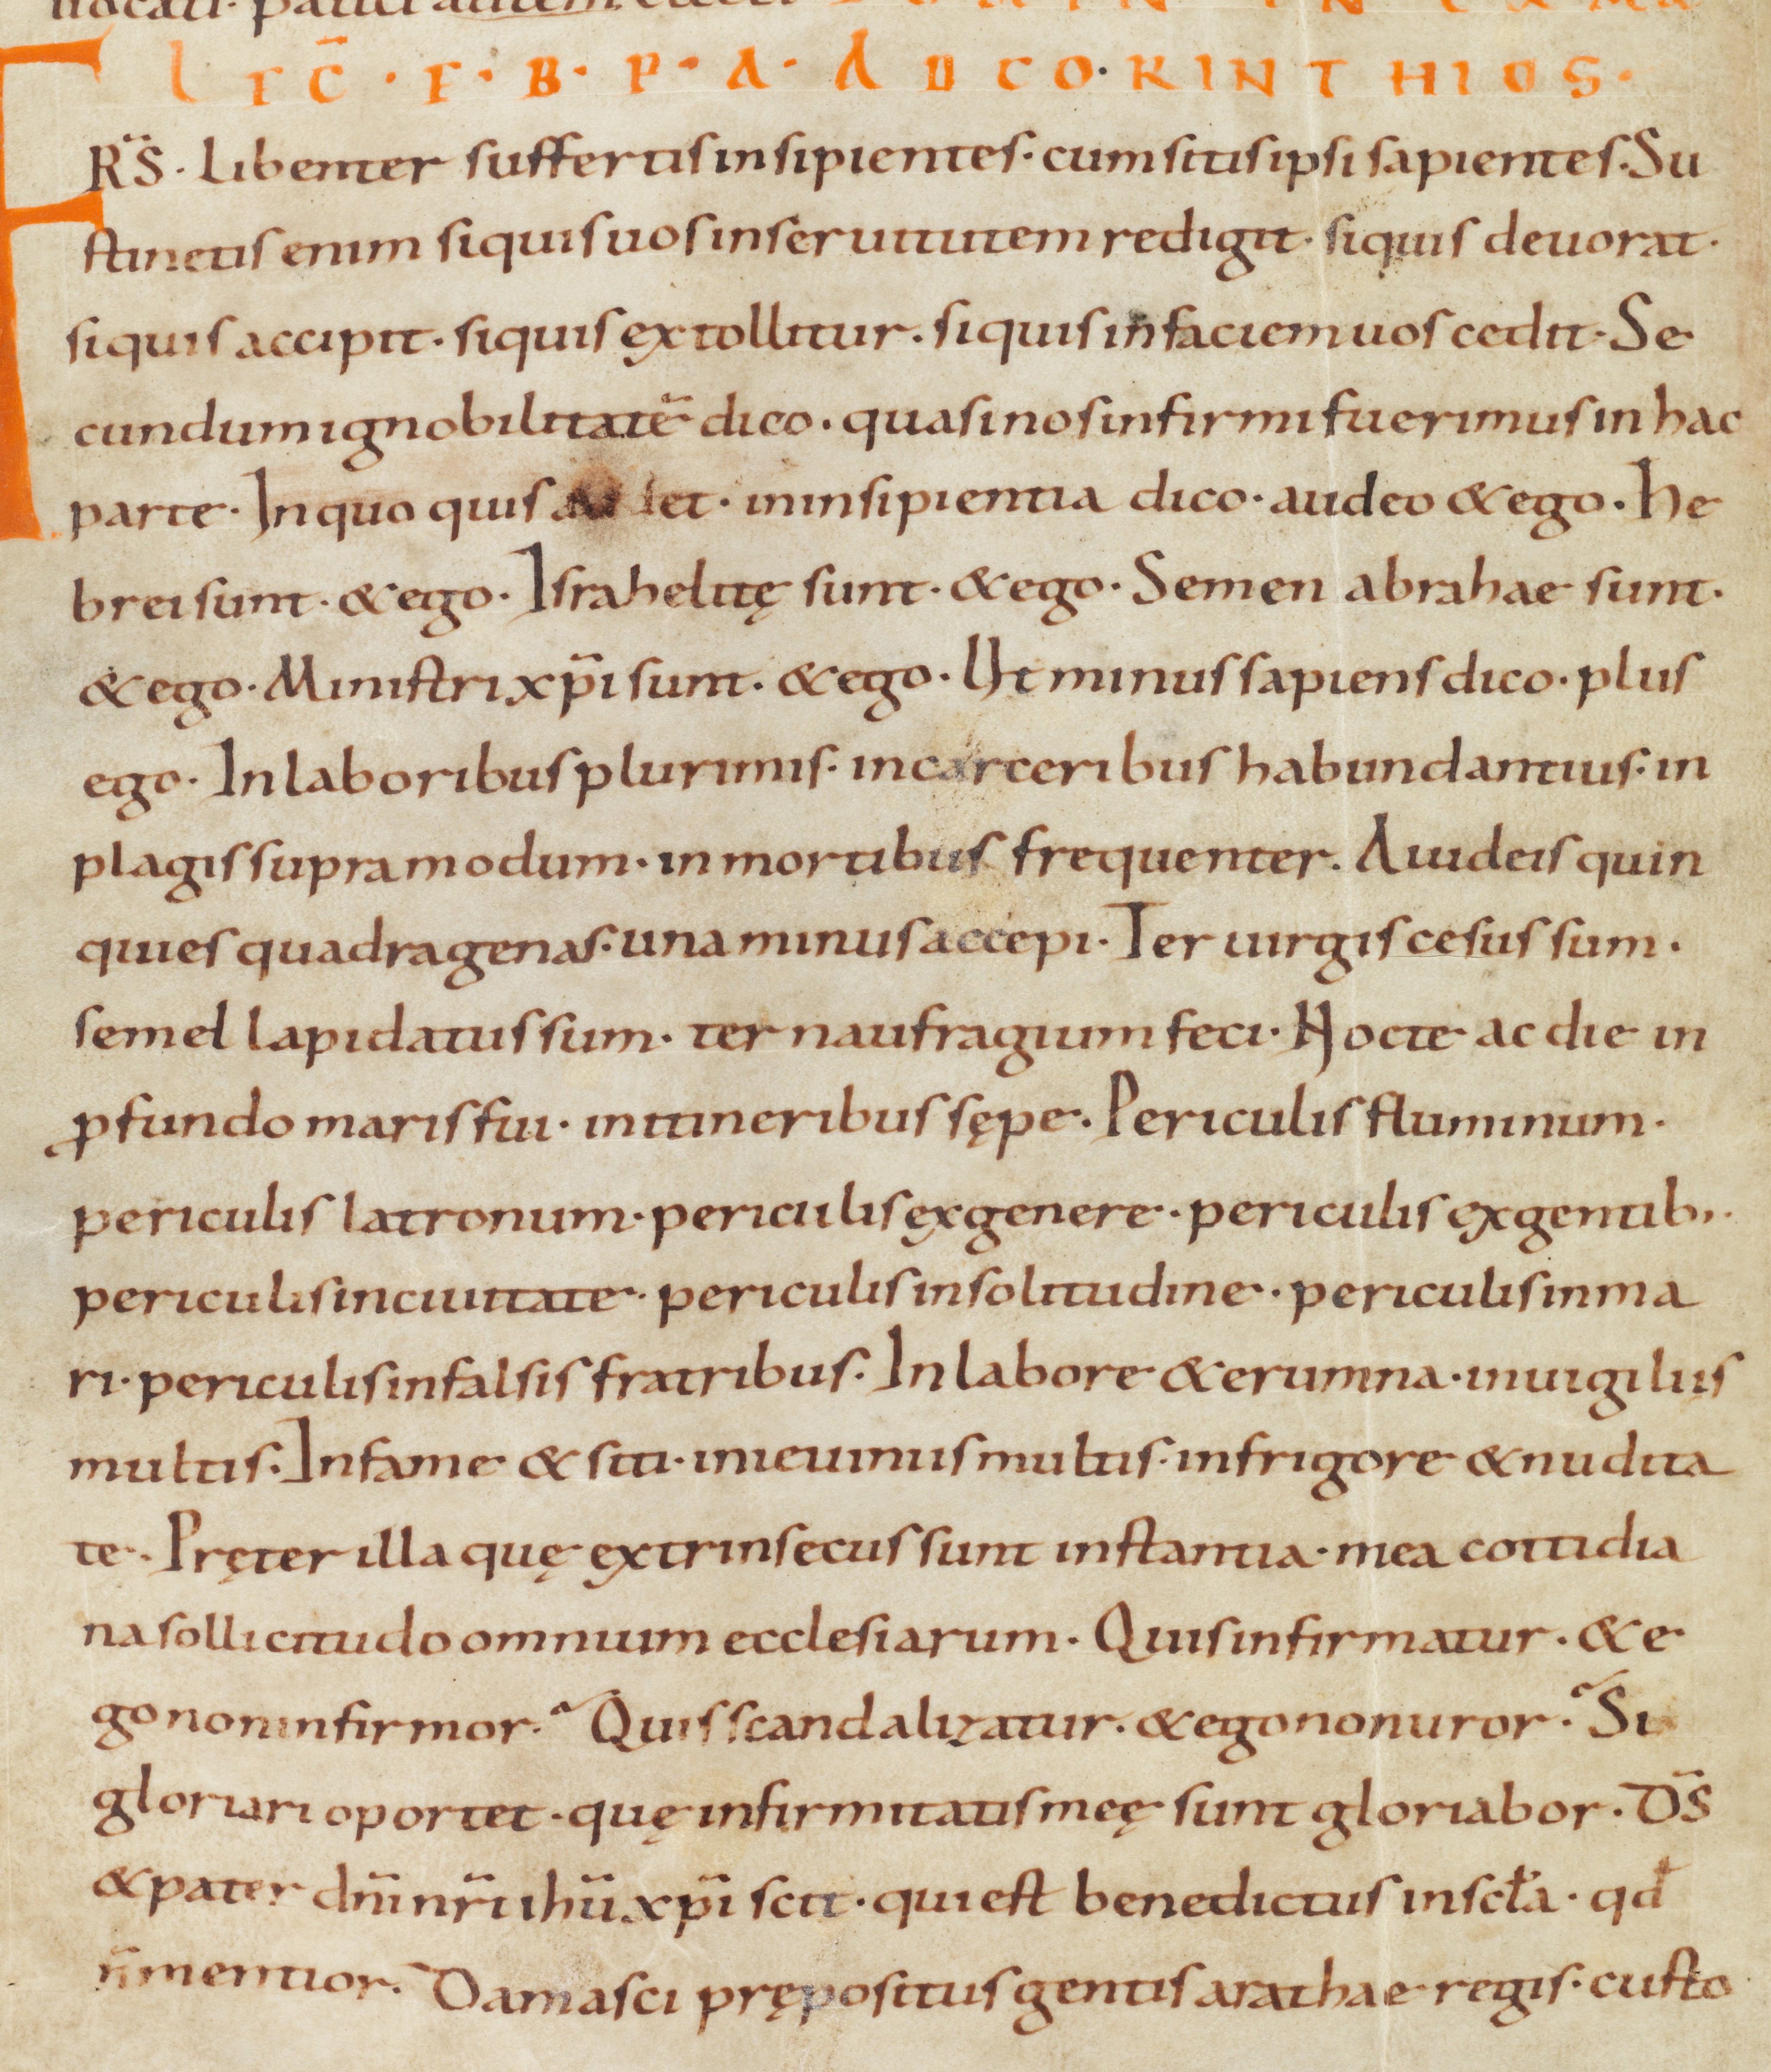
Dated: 1000–1049